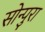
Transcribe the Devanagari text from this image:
सोन्पुरा